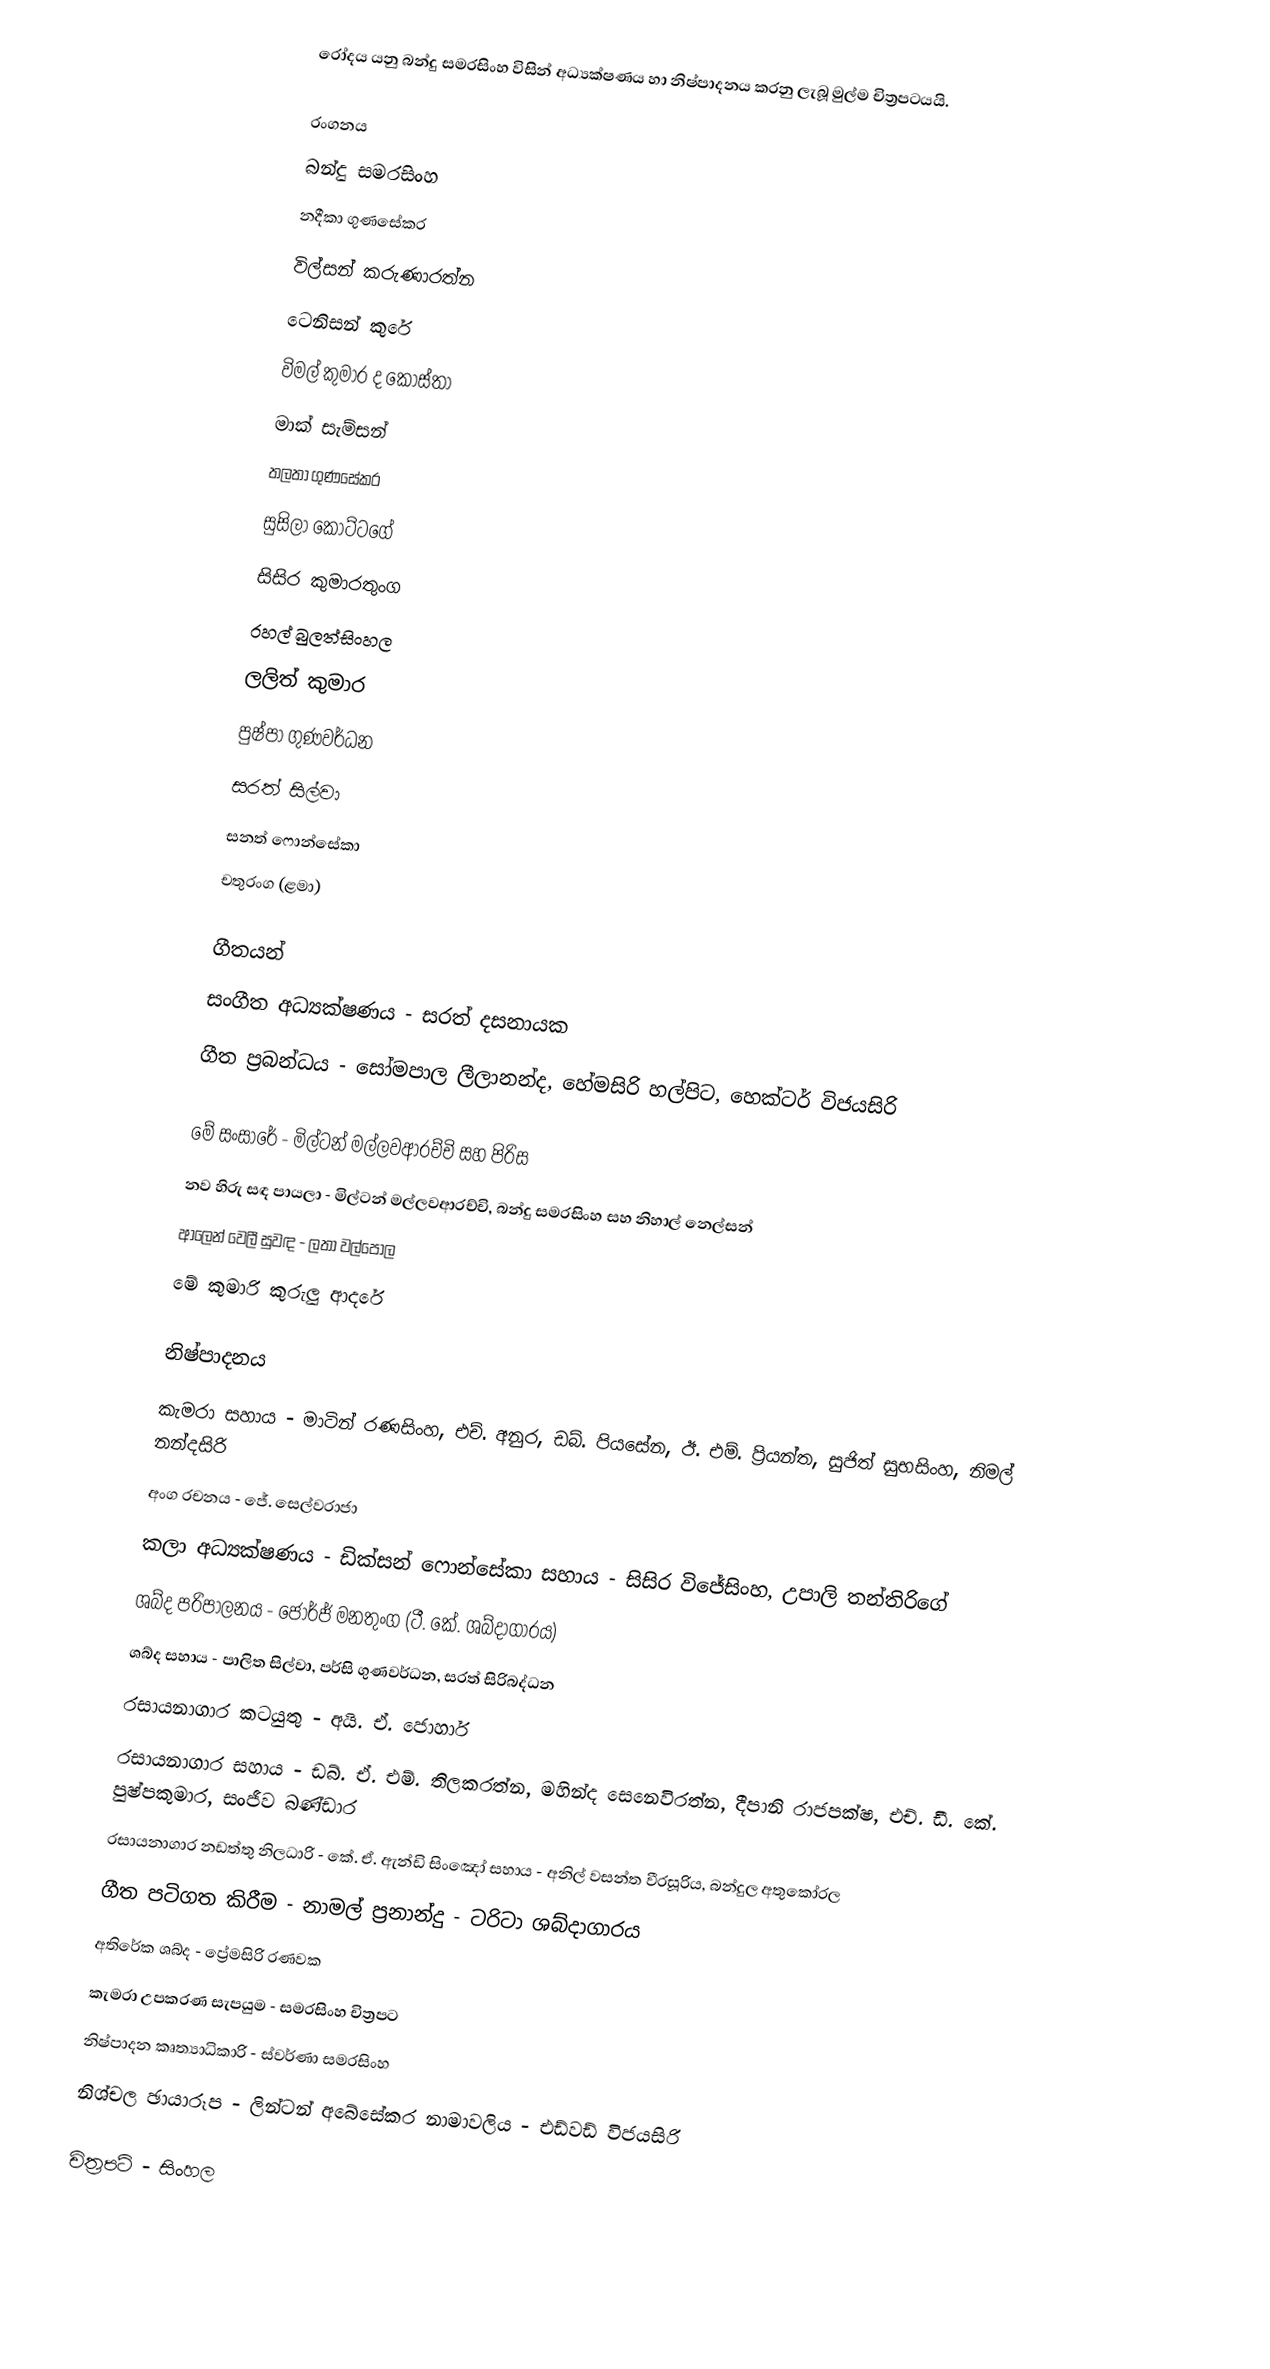
රෝදය යනු බන්දු සමරසිංහ විසින් අධ්‍යක්ෂණය හා නිෂ්පාදනය කරනු ලැබූ මුල්ම චිත්‍රපටයයි.

රංගනය
බන්දු සමරසිංහ
නදීකා ගුණසේකර
විල්සන් කරුණාරත්න
ටෙනිසන් කුරේ
විමල් කුමාර ද කොස්තා
මාක් සැම්සන්
තලතා ගුණසේකර
සුසිලා කෝට්ටගේ
සිසිර කුමාරතුංග
රහල් බුලත්සිංහල
ලලිත් කුමාර
පුෂ්පා ගුණවර්ධන
සරත් සිල්වා
සනත් ෆොන්සේකා
චතුරංග (ළමා)

ගීතයන්
සංගීත අධ්‍යක්ෂණය - සරත් දසනායක
ගීත ප්‍රබන්ධය - සෝමපාල ලීලානන්ද, හේමසිරි හල්පිට, හෙක්ටර් විජයසිරි

මේ සංසාරේ - මිල්ටන් මල්ලවආරච්චි සහ පිරිස
නව හිරු සඳ පායලා - මිල්ටන් මල්ලවආරච්චි, බන්දු සමරසිංහ සහ නිහාල් නෙල්සන්
ආලෙන් වෙලී සුවඳ - ලතා වල්පොල
මේ කුමාරි කුරුලු ආදරේ

නිෂ්පාදනය
කැමරා සහාය - මාටින් රණසිංහ, එච්. අනුර, ඩබ්. පියසේන, ඊ. එම්. ප්‍රියන්ත, සුජිත් සුභසිංහ, නිමල් නන්දසිරි
අංග රචනය - ජේ. සෙල්වරාජා
කලා අධ්‍යක්ෂණය - ඩික්සන් ෆොන්සේකා සහාය - සිසිර විජේසිංහ, උපාලි තන්තිරිගේ
ශබ්ද පරිපාලනය - ජෝර්ජ් මනතුංග (ටී. කේ. ශබ්දාගාරය)
ශබ්ද සහාය - පාලිත සිල්වා, පර්සි ගුණවර්ධන, සරත් සිරිබද්ධන
රසායනාගාර කටයුතු - අයි. ඒ. ජොහාර්
රසායනාගාර සහාය - ඩබ්. ඒ. එම්. තිලකරත්න, මහින්ද සෙනෙවිරත්න, දීපානි රාජපක්ෂ, එච්. ඩී. කේ. පුෂ්පකුමාර, සංජීව බණ්ඩාර
රසායනාගාර නඩත්තු නිලධාරි - කේ. ඒ. ඇන්ඩි සිංඤෝ සහාය - අනිල් වසන්ත වීරසූරිය, බන්දුල අතුකෝරල
ගීත පටිගත කිරීම - නාමල් ප්‍රනාන්දු - ටරිටා ශබ්දාගාරය
අතිරේක ශබ්ද - ප්‍රේමසිරි රණවක
කැමරා උපකරණ සැපයුම - සමරසිංහ චිත්‍රපට
නිෂ්පාදන කෘත්‍යාධිකාරි - ස්වර්ණා සමරසිංහ
නිශ්චල ඡායාරූප - ලින්ටන් අබේසේකර නාමාවලිය - එඩ්වඩ් විජයසිරි

චිත්‍රපටි - සිංහල